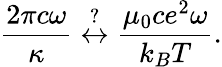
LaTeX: \frac{2\pi c\omega}{\kappa}\overset{?}{\leftrightarrow}\frac{\mu_{0}ce^{2}\omega}{k_{B}T}.